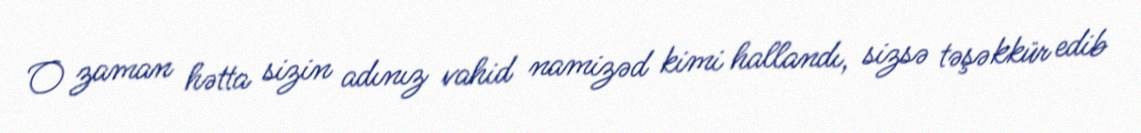
O zaman hətta sizin adınız vahid namizəd kimi hallandı, sizsə təşəkkür edib